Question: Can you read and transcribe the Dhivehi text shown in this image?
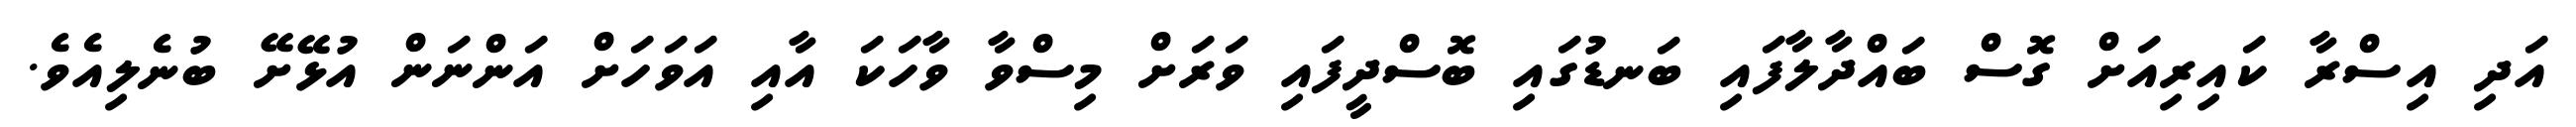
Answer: އަދި އިސްރާ ކައިރިއަށް ގޮސް ބައްދާލާފައި ބަނޑުގައި ބޮސްދީފައި ވަރަށް މިސްވާ ވާހަކަ އާއި އަވަހަށް އަންނަން އުޅޭށޭ ބުނެލިއެވެ.